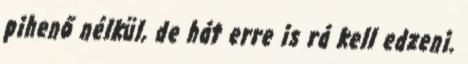
pihenő nélkül, de hát erre is rá kell edzeni.